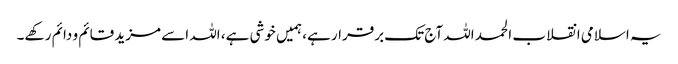
یہ اسلامی انقلاب الحمد اللہ آج تک برقرار ہے، ہمیں خوشی ہے، اللہ اسے مزید قائم و دائم رکهے۔